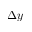
\Delta y